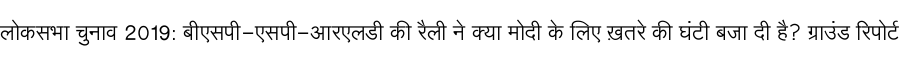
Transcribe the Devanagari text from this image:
लोकसभा चुनाव 2019: बीएसपी-एसपी-आरएलडी की रैली ने क्या मोदी के लिए ख़तरे की घंटी बजा दी है? ग्राउंड रिपोर्ट